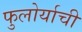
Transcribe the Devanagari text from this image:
फुलोर्याची